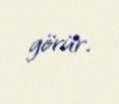
görür.